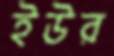
ইউর